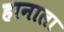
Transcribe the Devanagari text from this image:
हानाला